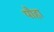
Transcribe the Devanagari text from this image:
पौहा